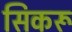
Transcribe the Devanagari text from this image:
सिकरू